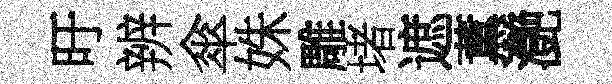
旴辨傘姝雕堵遮薫灔